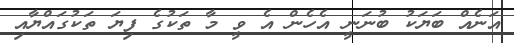
އަނެއް ބަޔަކު ބުނަނީ އެހެން އެ ވީ މާ ތަކުގެ ފިޔަ ތަކުގައްޔާއި